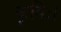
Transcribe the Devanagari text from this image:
कृमिः।